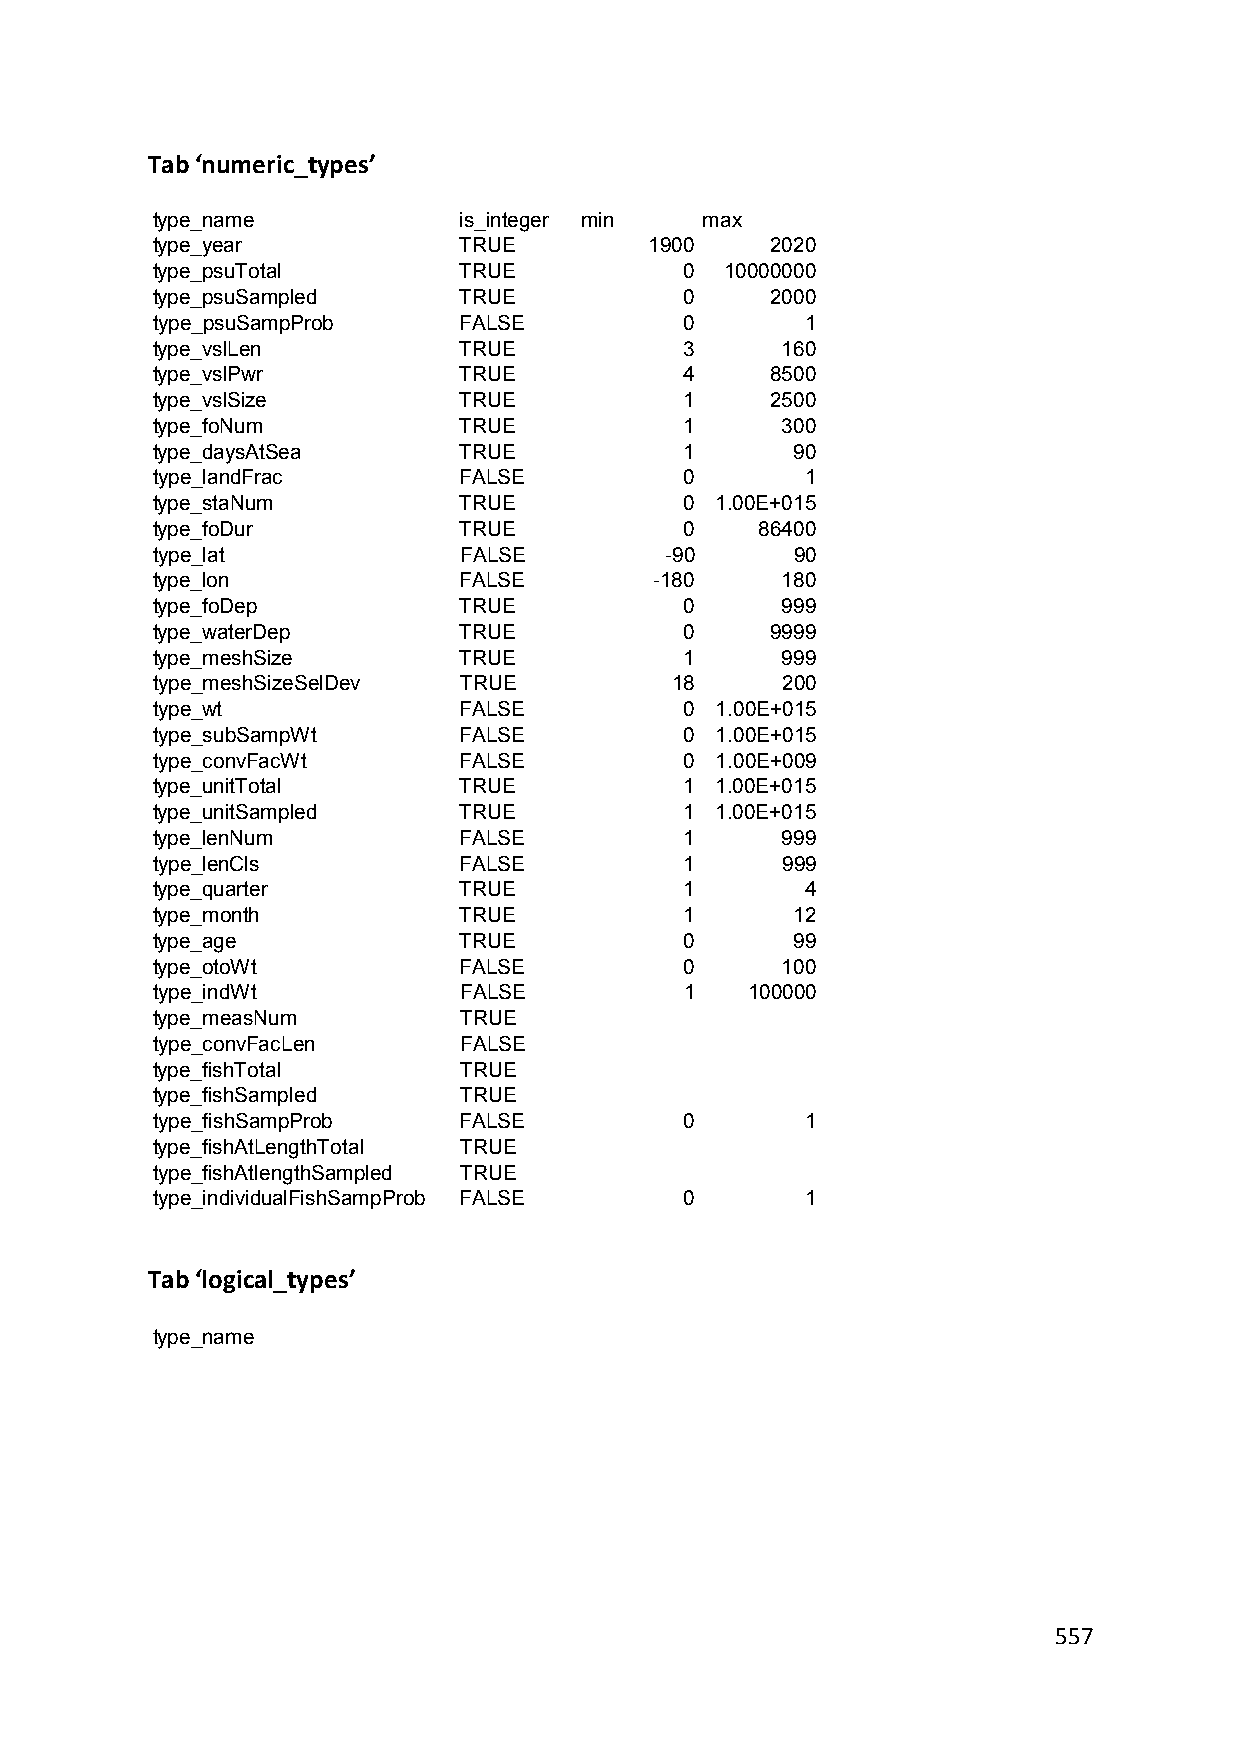
Tab ‘numeric_types’
 type_name           is_integer min   max
 type_year           TRUE         1900    2020
 type_psuTotal       TRUE           0  10000000
 type_psuSampled     TRUE           0     2000
 type_psuSampProb    FALSE          0       1
 type_vslLen         TRUE           3      160
 type_vslPwr         TRUE           4     8500
 type_vslSize        TRUE           1     2500
 type_foNum          TRUE           1      300
 type_daysAtSea      TRUE           1       90
 type_landFrac       FALSE          0       1
 type_staNum         TRUE           0 1.00E+015
 type_foDur          TRUE           0    86400
 type_lat            FALSE         -90      90
 type_lon            FALSE        -180     180
 type_foDep          TRUE           0      999
 type_waterDep       TRUE           0     9999
 type_meshSize       TRUE           1      999
 type_meshSizeSelDev TRUE          18      200
 type_wt             FALSE          0 1.00E+015
 type_subSampWt      FALSE          0 1.00E+015
 type_convFacWt      FALSE          0 1.00E+009
 type_unitTotal      TRUE           1 1.00E+015
 type_unitSampled    TRUE           1 1.00E+015
 type_lenNum         FALSE          1      999
 type_lenCls         FALSE          1      999
 type_quarter        TRUE           1       4
 type_month          TRUE           1       12
 type_age            TRUE           0       99
 type_otoWt          FALSE          0      100
 type_indWt          FALSE          1   100000
 type_measNum        TRUE
 type_convFacLen     FALSE
 type_fishTotal      TRUE
 type_fishSampled    TRUE
 type_fishSampProb   FALSE          0       1
 type_fishAtLengthTotal TRUE
 type_fishAtlengthSampled TRUE
 type_individualFishSampProb FALSE  0       1
 Tab ‘logical_types’
 type_name
 557